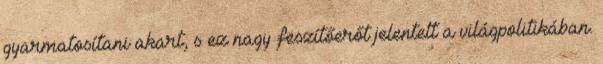
gyarmatosítani akart, s ez nagy feszítőerőt jelentett a világpolitikában.